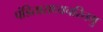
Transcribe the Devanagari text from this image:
पंडिताराध्यचरितमु